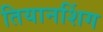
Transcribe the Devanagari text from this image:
तियानशिंग